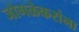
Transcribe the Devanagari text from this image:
जोगळेकरांना